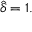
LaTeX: { \widehat { \delta } } = 1 .